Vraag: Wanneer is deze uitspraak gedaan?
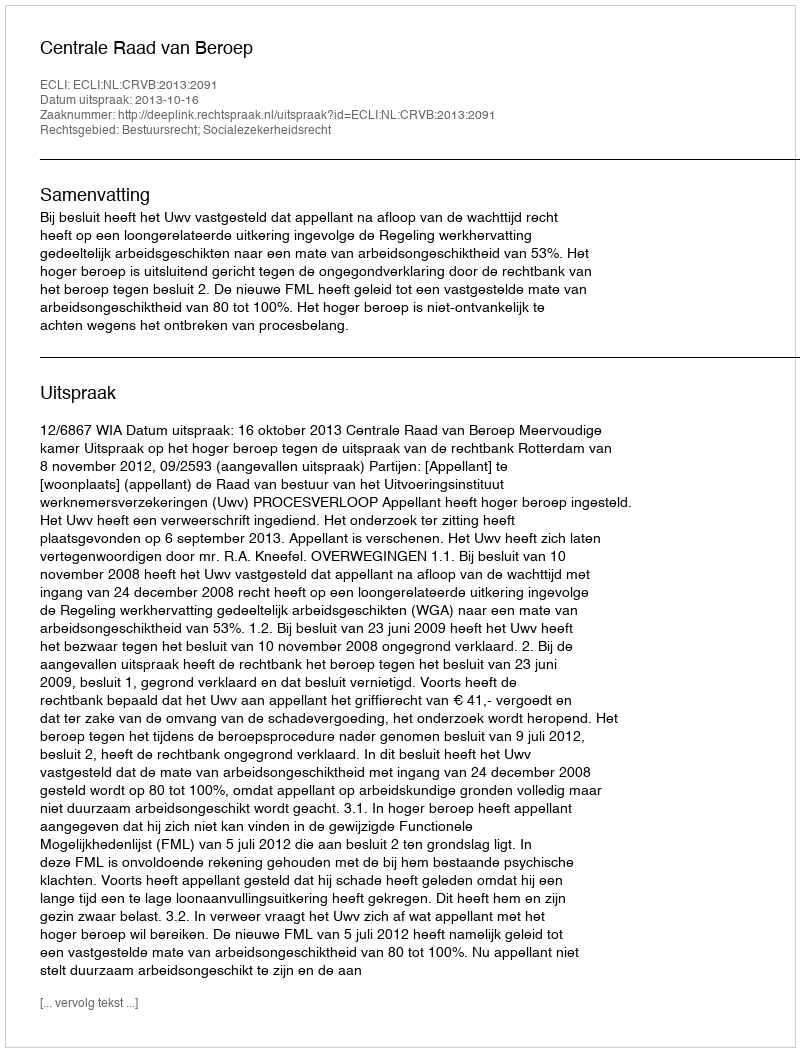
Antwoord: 2013-10-16